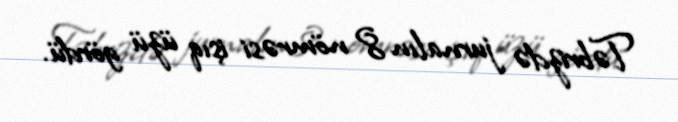
Təbrizdə jurnalın 8 nömrəsi işıq üzü gördü.